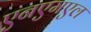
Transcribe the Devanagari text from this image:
एनएमएल